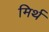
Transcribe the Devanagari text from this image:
मिर्थ